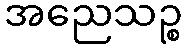
အညေသဉ္စ